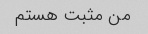
من مثبت هستم